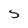
Character: S